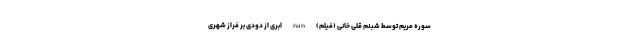
سوره مریم توسط شبنم قلی خانی (فیلم) nan ابری از دودی بر فراز شهری